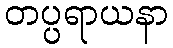
တပ္ပရာယနာ